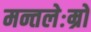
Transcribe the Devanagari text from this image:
मन्तलेःम्रों